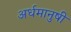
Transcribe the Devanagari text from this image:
अर्धमानुषी